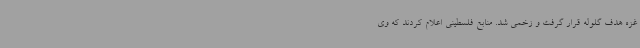
غزه هدف گلوله قرار گرفت و زخمی شد. منابع فلسطینی اعلام کردند که وی